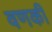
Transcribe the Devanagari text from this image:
वणकी